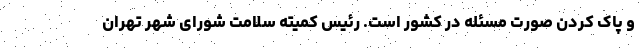
و پاک کردن صورت مسئله در کشور است. رئیس کمیته سلامت شورای شهر تهران